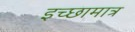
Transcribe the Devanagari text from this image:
इच्छामात्र